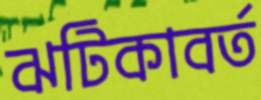
ঝটিকাবর্ত